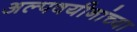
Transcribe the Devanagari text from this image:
अल्पवयीनांच्या